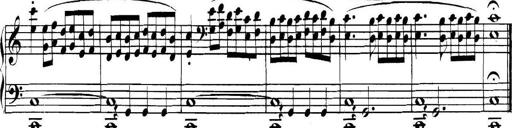
Title: Collected Piano Sonatas
Composer: Muzio Clementi